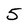
Character: 5